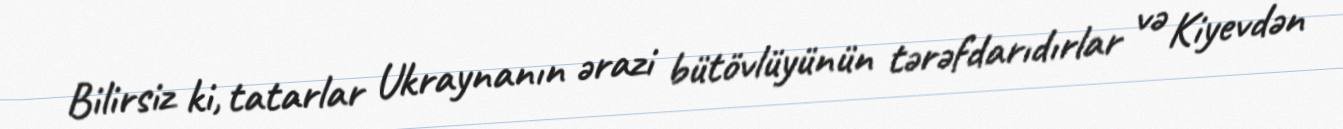
Bilirsiz ki, tatarlar Ukraynanın ərazi bütövlüyünün tərəfdarıdırlar və Kiyevdən